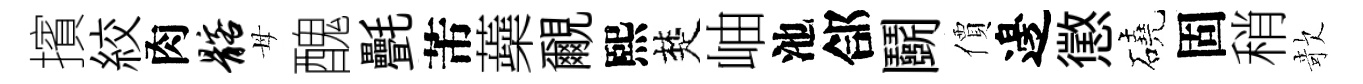
擯絞肉髂母醜㲲芾蘃覼熙楚岫池郃鬬價邊懲磽固稍欹